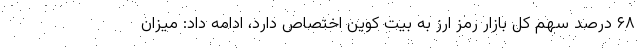
۶۸ درصد سهم کل بازار رمز ارز به بیت کوین اختصاص دارد، ادامه داد: میزان